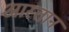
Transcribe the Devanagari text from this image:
आस्तान